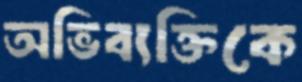
অভিব্যক্তিকে